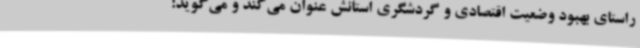
راستای بهبود وضعیت اقتصادی و گردشگری استانش عنوان می‌کند و می‌گوید: